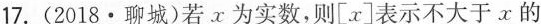
17.(2018·聊城)若x为实数，则[x]表示不大于x的